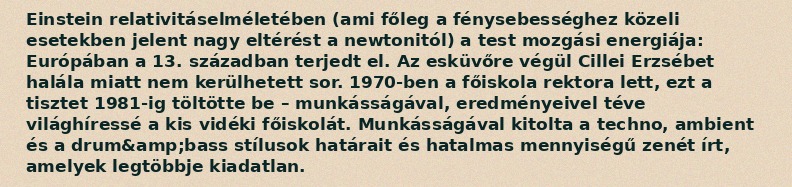
Einstein relativitáselméletében (ami főleg a fénysebességhez közeli esetekben jelent nagy eltérést a newtonitól) a test mozgási energiája: Európában a 13. században terjedt el. Az esküvőre végül Cillei Erzsébet halála miatt nem kerülhetett sor. 1970-ben a főiskola rektora lett, ezt a tisztet 1981-ig töltötte be – munkásságával, eredményeivel téve világhíressé a kis vidéki főiskolát. Munkásságával kitolta a techno, ambient és a drum&amp;bass stílusok határait és hatalmas mennyiségű zenét írt, amelyek legtöbbje kiadatlan.